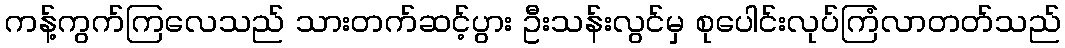
ကန့်ကွက်ကြလေသည် သားတက်ဆင့်ပွား ဦးသန်းလွင်မှ စုပေါင်းလုပ်ကြံလာတတ်သည်